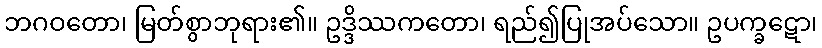
ဘဂဝတော၊ မြတ်စွာဘုရား၏။ ဥဒ္ဒိဿကတော၊ ရည်၍ပြုအပ်သော။ ဥပက္ခဋော၊